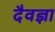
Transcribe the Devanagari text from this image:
दैवज्ञा